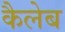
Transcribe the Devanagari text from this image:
कैलेब